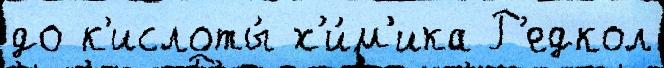
до к'ислоты́ х'и́м'ика Р'едкол